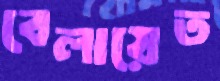
বেলায়েত